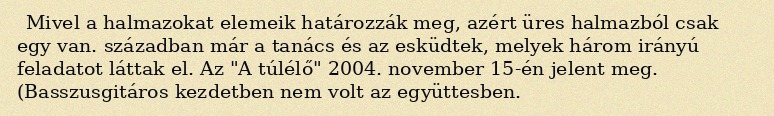
Mivel a halmazokat elemeik határozzák meg, azért üres halmazból csak egy van. században már a tanács és az esküdtek, melyek három irányú feladatot láttak el. Az "A túlélő" 2004. november 15-én jelent meg. (Basszusgitáros kezdetben nem volt az együttesben.